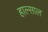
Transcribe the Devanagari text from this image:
हाल्साल